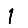
Digit: 1